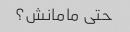
حتی مامانش؟